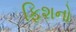
ફિશનો